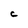
Character: C